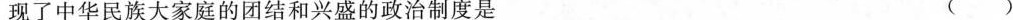
现了中华民族大家庭的团结和兴盛的政治制度是 ()